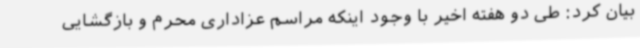
بیان کرد: طی دو هفته اخیر با وجود اینکه مراسم عزاداری محرم و بازگشایی